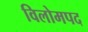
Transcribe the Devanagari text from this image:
विलोमपद